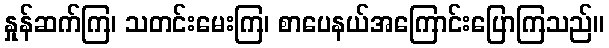
နှုန်ဆက်ကြ၊ သတင်းမေးကြ၊ စာပေနယ်အကြောင်းပြောကြသည်။